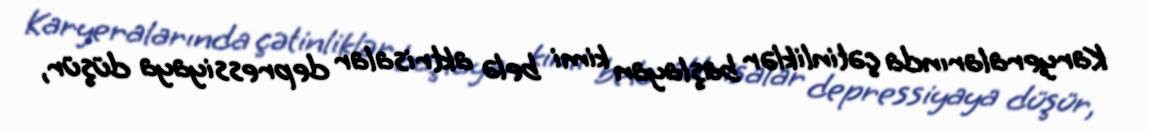
Karyeralarında çətinliklər başlayan kimi belə aktrisalar depressiyaya düşür,